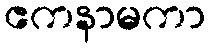
ဧကနာမကာ